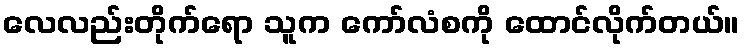
လေလည်းတိုက်ရော သူက ကော်လံစကို ထောင်လိုက်တယ်။